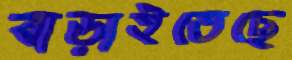
বাড়াইতেছে